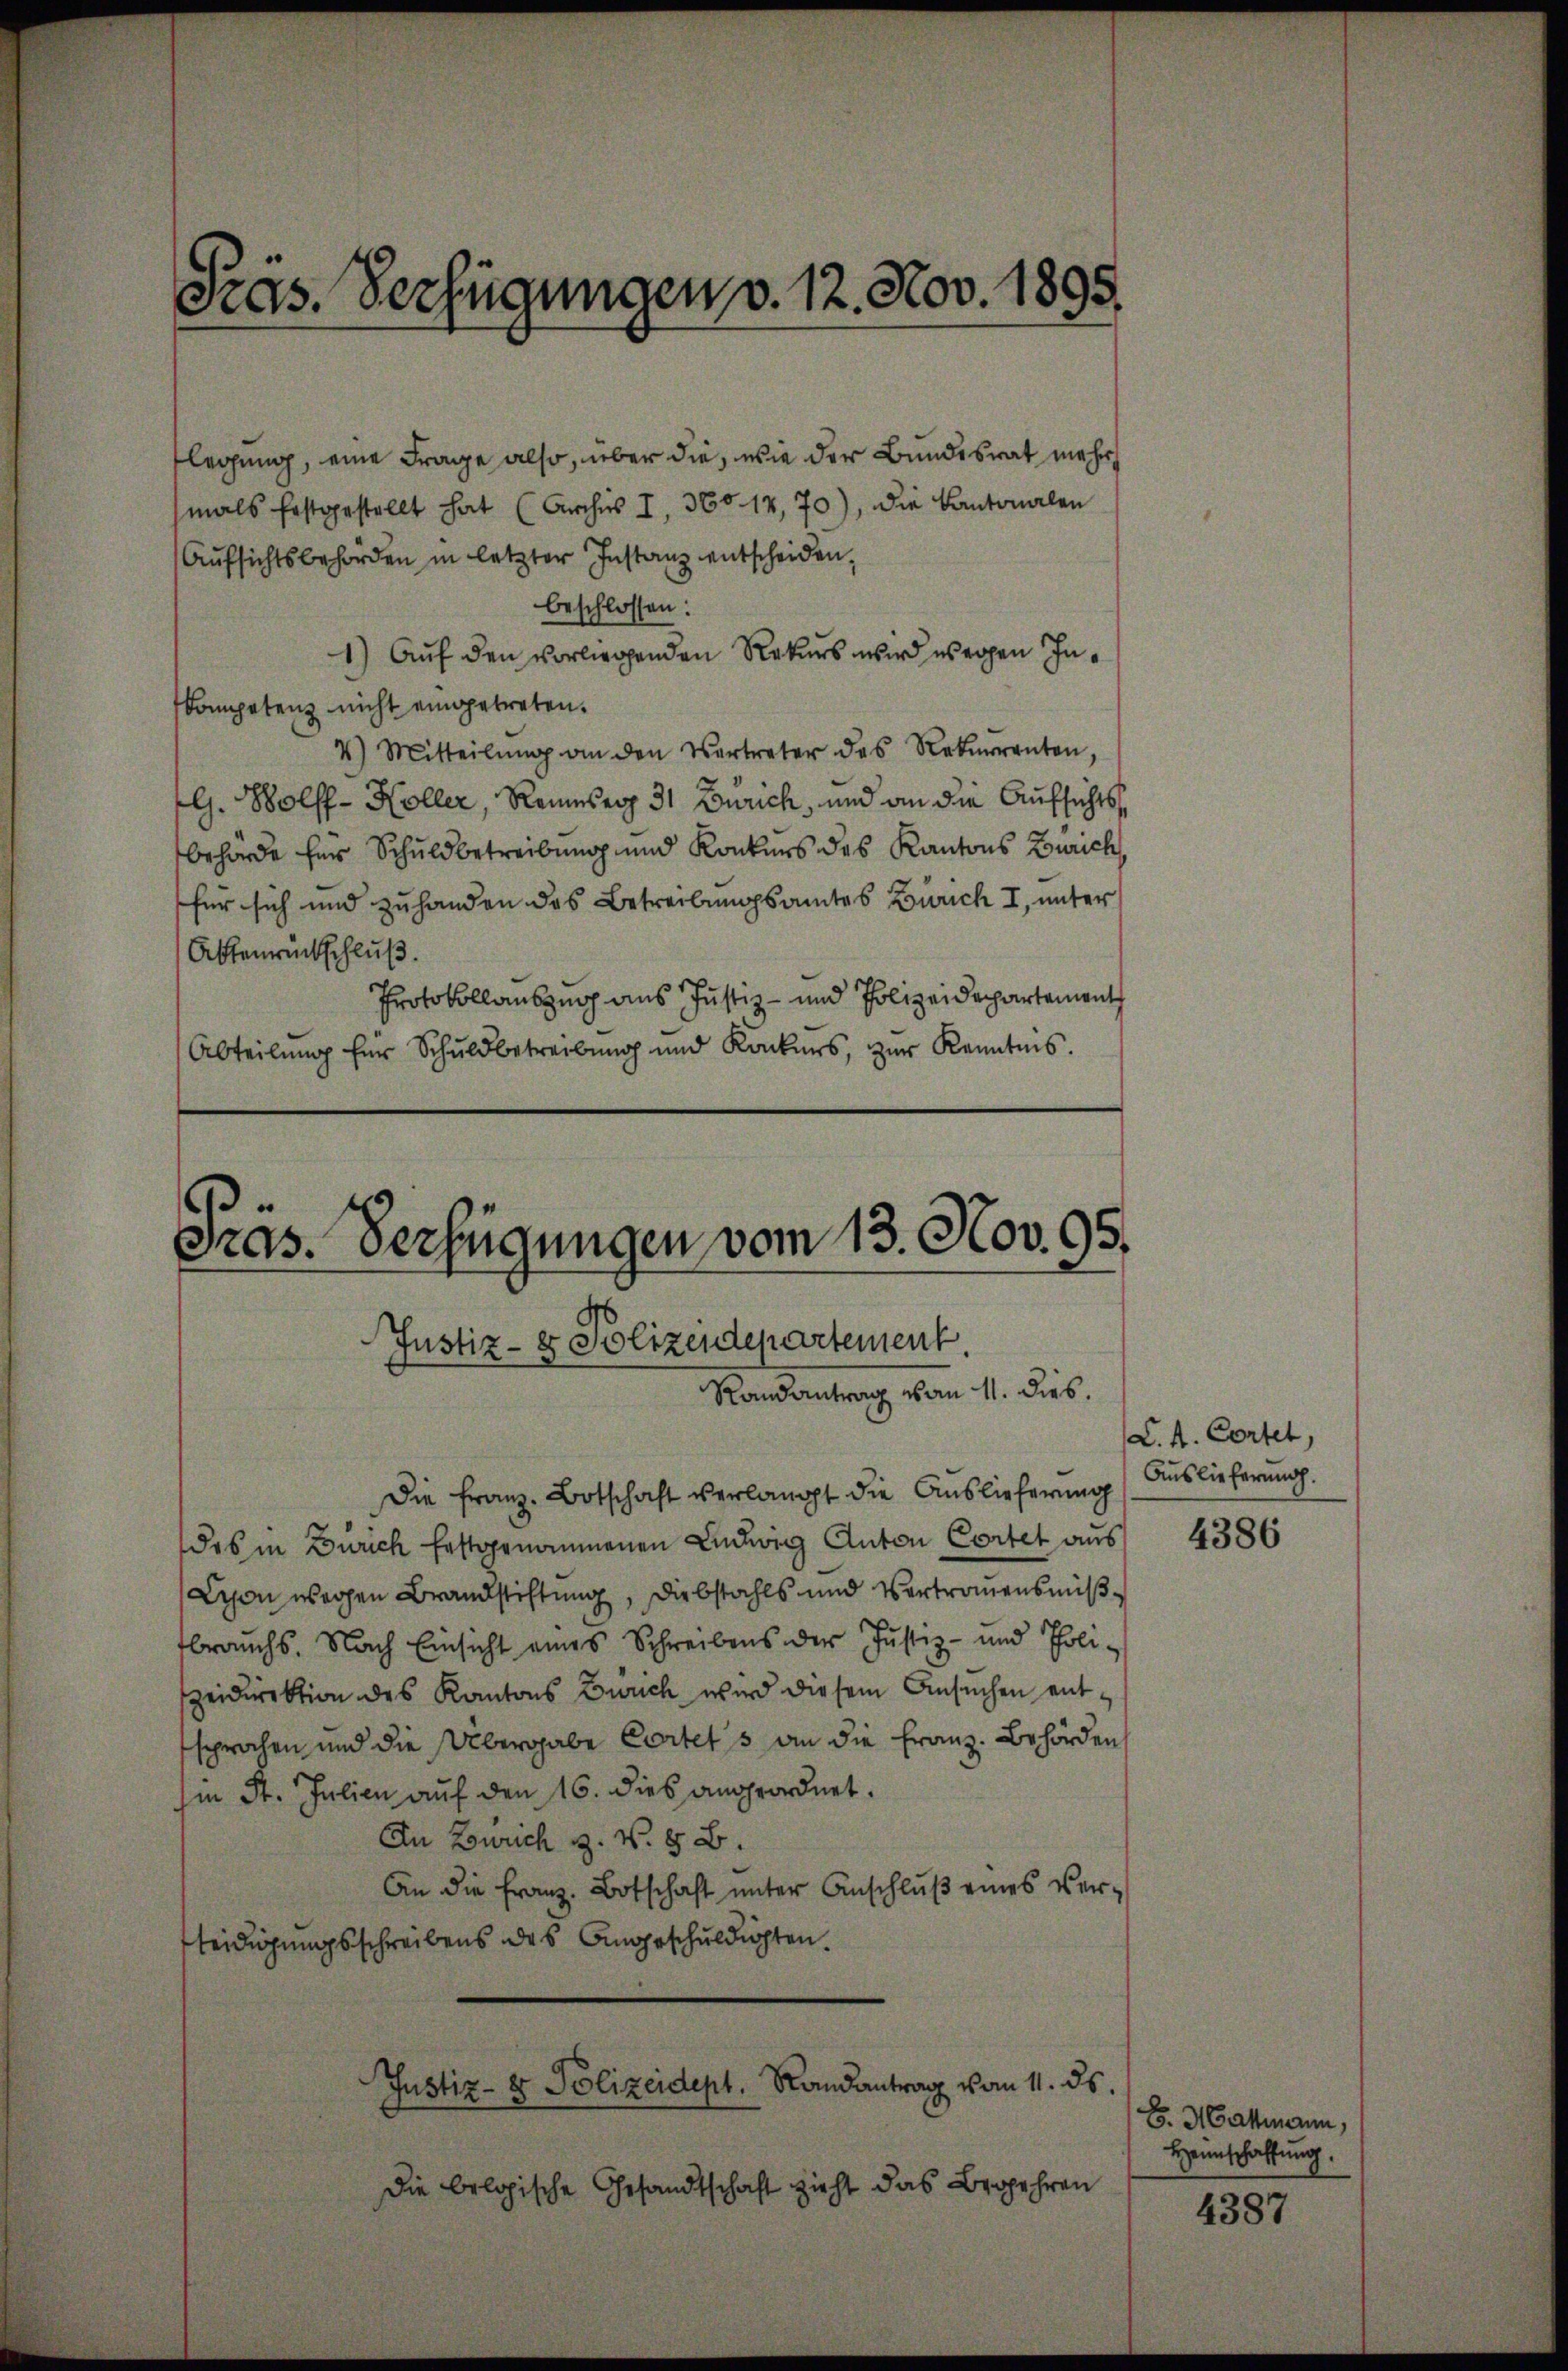
Pras. Verfügungen v. 12. Nov. 1895.

flegung, eine Frage also, über die, wie der Bundesrat mehr
mals festgestellt hat (Archis I 360. 14,70), die Kantonalen
Aufsichtsbehörden in letzter Instanz entscheiden,
beschlossen:
1) Auf den vorliegenden Rekurs wird wegen Inkompetenz nicht eingetreten.
4) Mitteilŭng an den Vertreter des Rekurrenten,
G. Wolff - Koller, Rieser 31 Zürich, und an die Aufsichtsbehörde herr Schuldbetreibung und Konkurs des Kantons Zürich,
für sich und zuhanden das Betreibungsamtes Zürich I, unter
Attenrückschluß.
Protokollauszug aus Justiz- und Polizeidepartement
Abteilŭng für Schuldbetreibung und Konkurs, zŭr Kenntnis.

e
Pras. Verfügungen vom 13. Nov. 95.
Justiz- & Polizeidepartement.
Randantrag von 11. dies.

Die Franz-Botschaft verlangt die Auslieferung (Auslieferŭng.
das in Zürich festgenommenen Ludwig Anton Cortet aus
Lyon wegen Brandstiftung, Diebstahls und Vertrauensmißbrauchs. Nach Einsicht eines Schreibens der Justiz- und Polizeidirektion des Kantons Zürich wird diesem Ansuchen entsprochen und die Übergabe Cortet s an die Franz. Behörden
Iin St. Julien auf den 16. dies angeordnet.
An Zowuch z. N. 8 B.
An die Franz. Botschaft unter Anschlŭβ eines ver-
teidigungsschreibens des Angeschuldigten.
Justiz- & Polizeidept. Randantrag vom 11. ds.
Die belogische Gesandtschaft zieht das Brogehren

(L. A. Cortet,

4386

E. Hattmann,
Heimschaffung.

4387